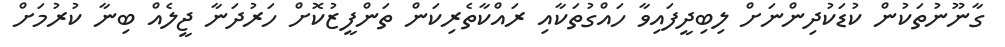
ގާނޫނުތަކުން ކުޑަކުދިންނަށް ލިބިދީފައިވާ ހައްގުތަކާއި ރައްކާތެރިކަން ތަންފީޒުކޮށް ހަރުދަނާ ޖީލެއް ބިނާ ކުރުމަށް